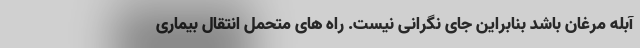
آبله مرغان باشد بنابراین جای نگرانی نیست. راه های متحمل انتقال بیماری